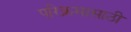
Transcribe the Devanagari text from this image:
परिक्रमासाठी